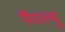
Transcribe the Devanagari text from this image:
पैराव्यू